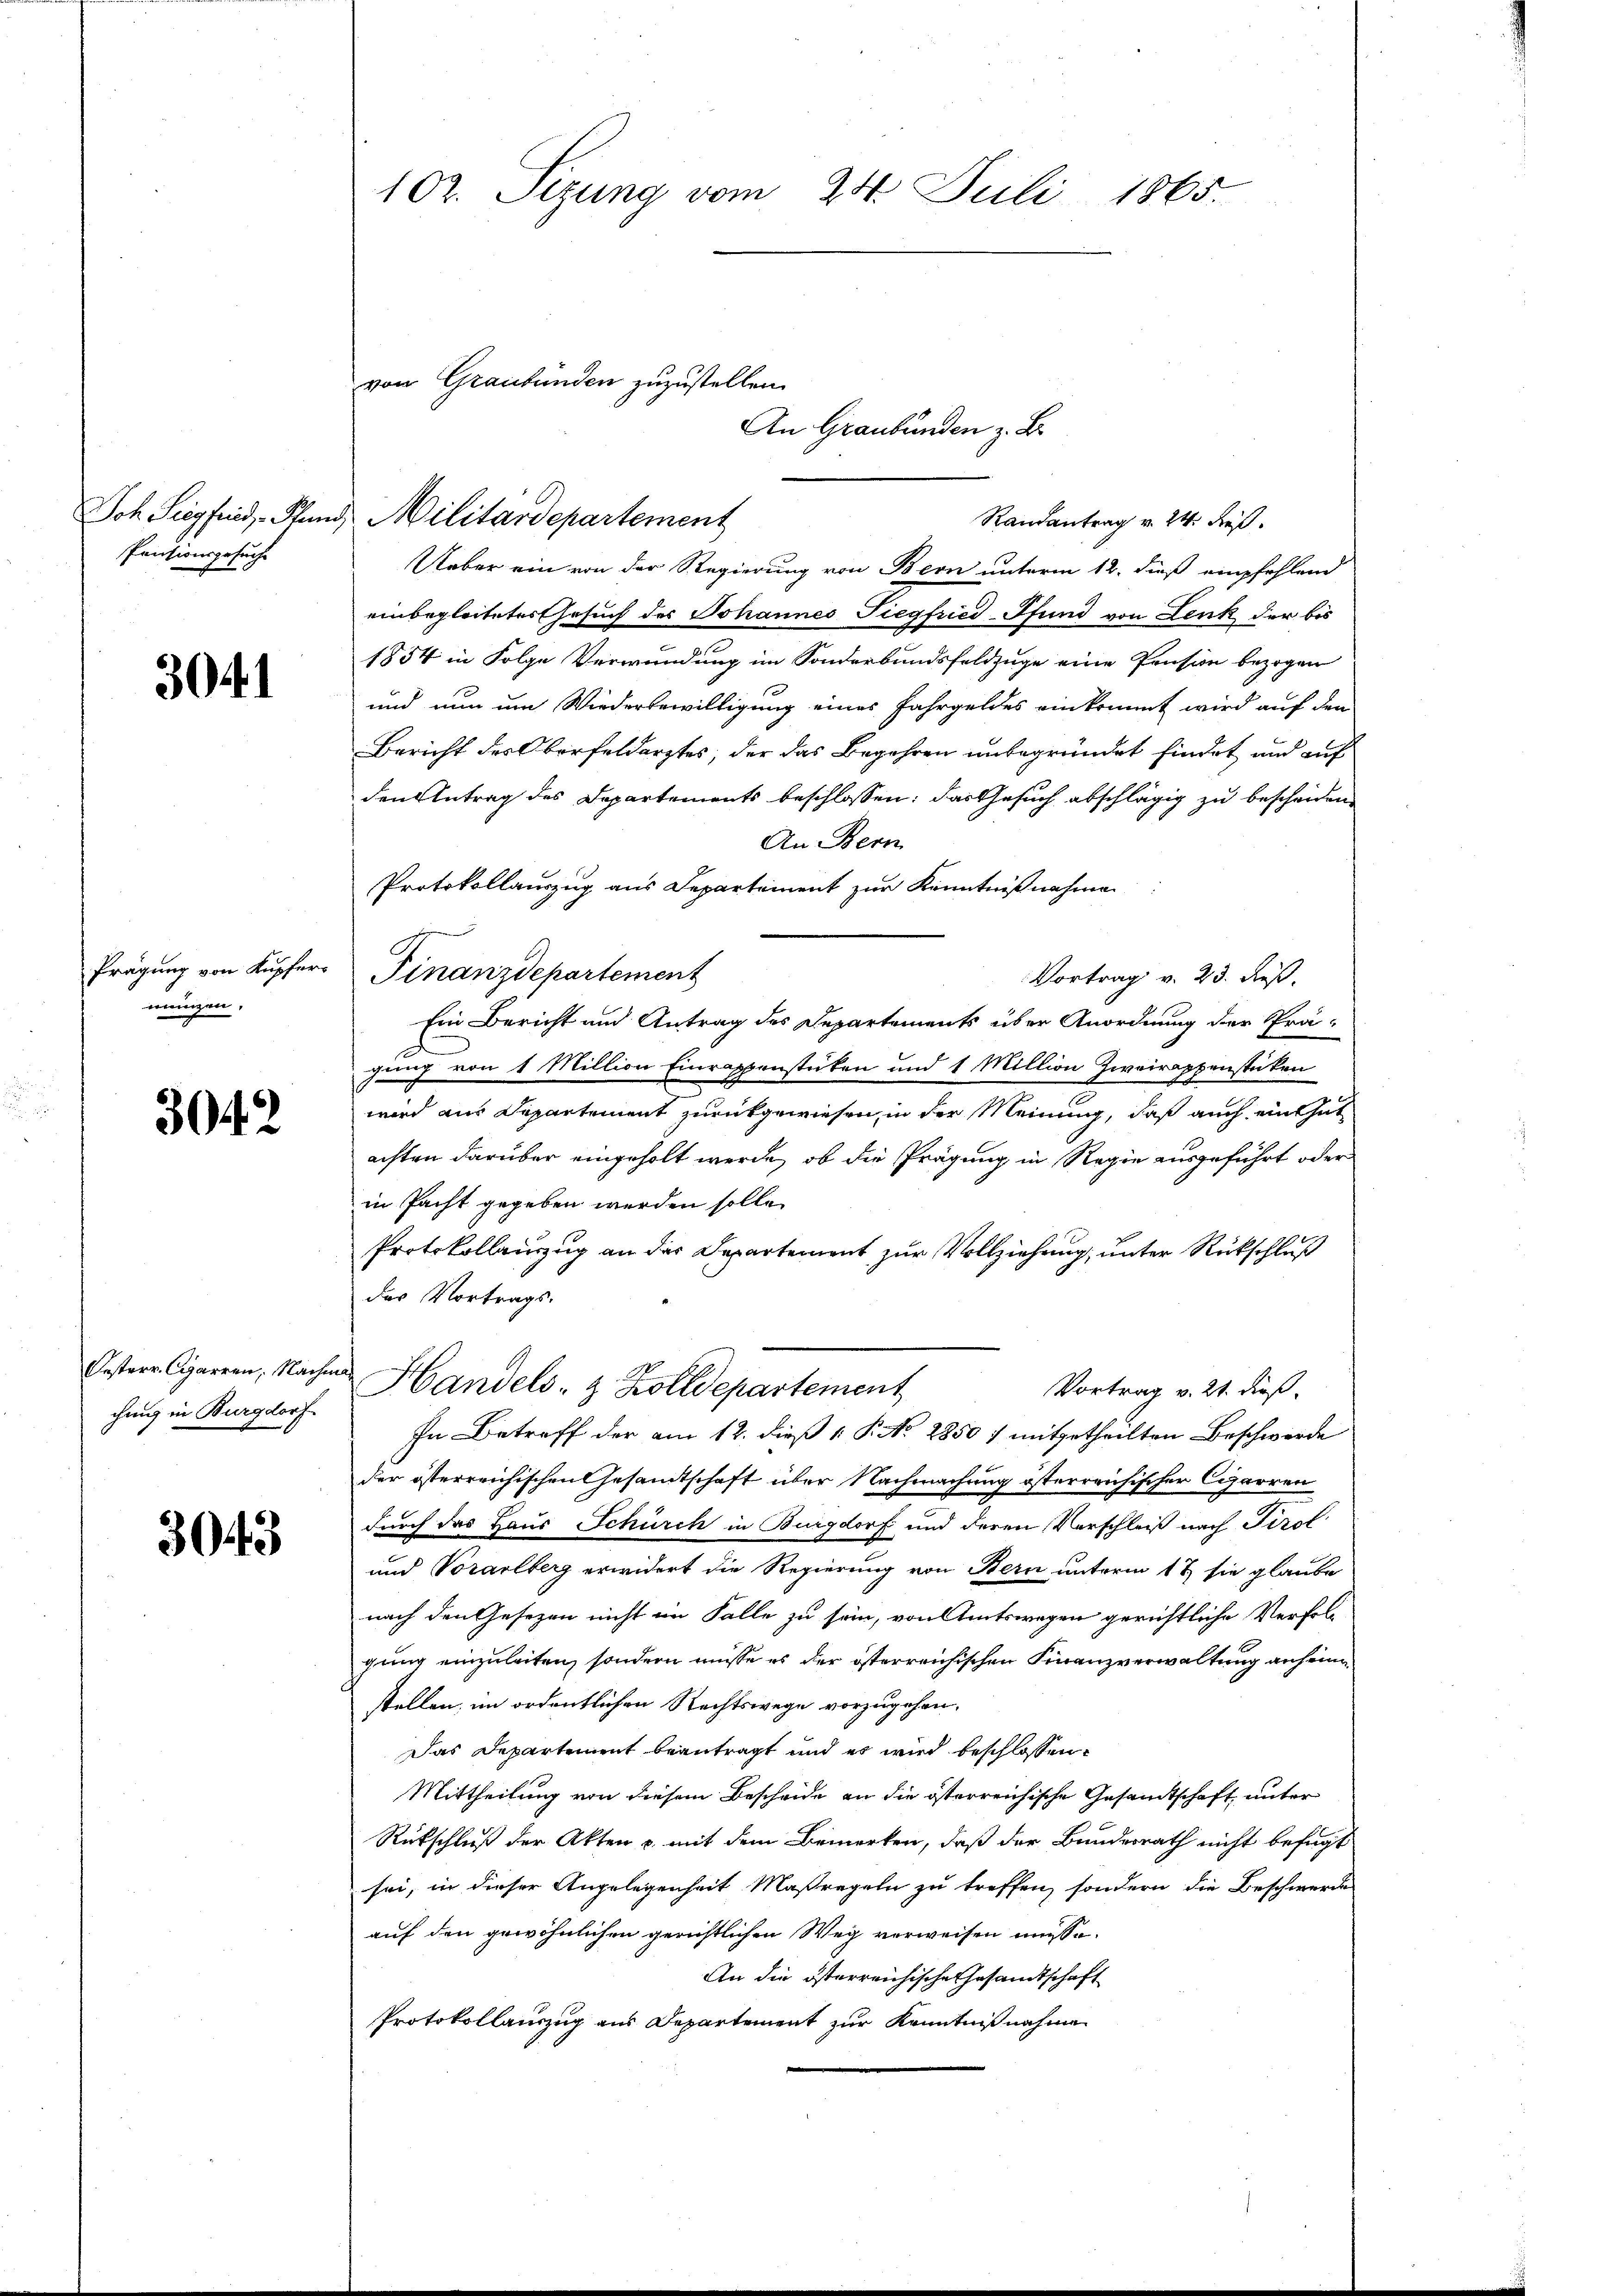
Pensionsgesuche

3041

mengen,

3042

chung in Burgdorf

3043

Randantrag v. 24. Fe
Ueber ein von der Regierung von Bern unterm 12. dieß empfehlend
einbegleitetes Gesuch des Johannes Siegfried-Pfund von Lenk der bis
1854 in Folge Verwendung im Sonderbundsfeldzüge eine Pension bezogen
und nun um Wiederbewilligung eines Jahrgeldes einkommt wird auf den
Bericht des Oberfeldarztes, der das Begehren unbegründet findet und auf
den Antrag des Departements beschlossen: das Gesuch abschlägig zu bescheiden
An Bern
Protokollauszug aus Departement zur Kenntnißnahme
Vortrag v. 23. dieß.
Ein Bericht und Antrag des Departements über Anordnung der Prä-
gung von 1 Million Einrappenstücken und 1 Million Zwairappenstücken
wird aus Departement zurückgewiesen, in der Meinung, daß auch ein thut
achten darüber eingeholt werde, ob die Prägung in Regie ausgeführt oder
in Pacht gegeben werden solle.
Protokollenzug an der Departement zur Vollziehung, unter Rückschluß
der Vortrags.
Oesterr. Cigarren, Nache Handels- & Zolldepartement
Vortrag v. 21. dieß.
In Betreff der am 12. dieß 1 S. No. 2850) mitgetheilten Beschwerde
der österreichischen Gesandtschaft über Nachmachung österreichischer Cigarren
durch das Haus Schürch in Burgdorf und deren Verschleiß nach Tirol
und Vorarlberg erwidert die Regierung von Bern unterm 17 sie glaube
nach den Gesezen nicht im Falle zu sein, von Amtswegen gerichtliche Verfolgung einzuleiten, sondern müsse es der österreichischen Finanzverwaltung anheimstellen, im ordentlichen Rechtswege vorzugehen,
Das Departement beantragt und es wird beschlossen,
Mittheilung von diesem Bescheide an die österreichische Gesandtschaft unter
Rückschluß der Akten u. mit dem Bemerken, daß der Bundesrath nicht befugt
sei, in dieser Angelegenheit Maßregeln zu treffen, sondern die Beschwerde
auf den gewöhnlichen gerichtlichen Weg verweisen müsse.
An die österreichische Gesandtschaft
Protokollauszug aus Departement zur Kenntnißnahme

102. Sizung vom 24. Juli 1865

von Graubünden zuzustellen.
Joh. Siegfrid, Pland, Militärdepartement

Prägung von Kupfer Finanzdepartement

An Graubünden z. B.